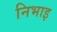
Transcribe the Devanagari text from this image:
निभाइ